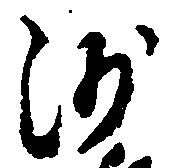
沙